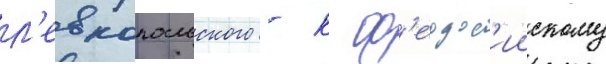
л'евкопольского - к ф'еодос'иискому